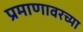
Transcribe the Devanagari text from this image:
प्रमाणावरच्या